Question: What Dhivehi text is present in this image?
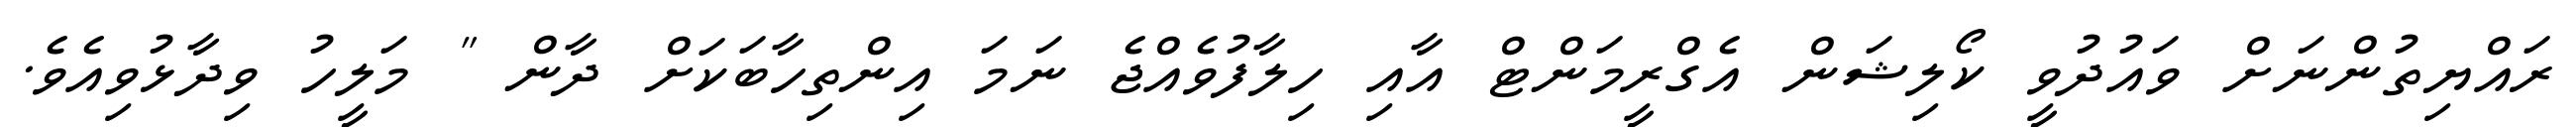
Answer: ރައްޔިތުންނަށް ވައުދުވީ ކޯލިޝަން އެގްރީމަންޓް އާއި ހިލާފުވެއްޖެ ނަމަ އިންތިހާބަކަށް ދާން " މަލީހު ވިދާޅުވިއެވެ.